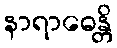
နာရာဓေန္တိ